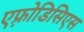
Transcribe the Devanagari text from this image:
एफ़्रोडिसिएस